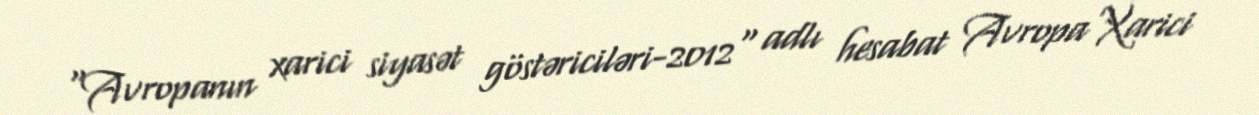
“Avropanın xarici siyasət göstəriciləri-2012" adlı hesabat Avropa Xarici